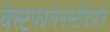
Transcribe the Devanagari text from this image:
वेस्टफालेनस्टेडियॉन